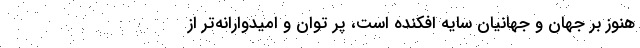
هنوز بر جهان و جهانیان سایه افکنده است، پر توان و امیدوارانه‌تر از